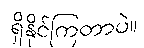
ရှိနိုင်ကြတာပဲ။